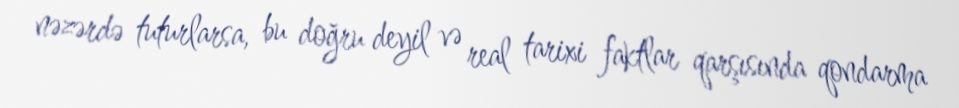
nəzərdə tuturlarsa, bu doğru deyil və real tarixi faktlar qarşısında qondarma